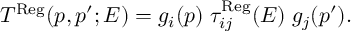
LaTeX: T ^ { \mathrm { R e g } } ( p , p ^ { \prime } ; E ) = g _ { i } ( p ) \; \tau _ { i j } ^ { \mathrm { R e g } } ( E ) \; g _ { j } ( p ^ { \prime } ) .